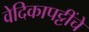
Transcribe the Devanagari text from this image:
वेदिकापट्टींचे